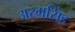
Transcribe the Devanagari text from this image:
अरमसिंह